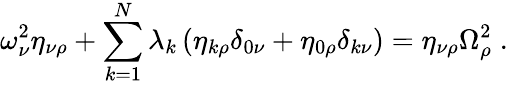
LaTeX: \omega_{\nu}^{2}\eta_{\nu\rho}+\sum_{k=1}^{N}\lambda_{k}\left(\eta_{k\rho}\delta_{0\nu}+\eta_{0\rho}\delta_{k\nu}\right)=\eta_{\nu\rho}\Omega_{\rho}^{2}\; .